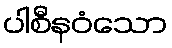
ပါစီနဝံသော